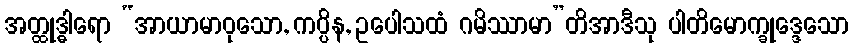
အတ္ထုဒ္ဓါရော “အာယာမာဝုသော, ကပ္ပိန, ဥပေါသထံ ဂမိဿာမာ”တိအာဒီသု ပါတိမောက္ခုဒ္ဒေသော